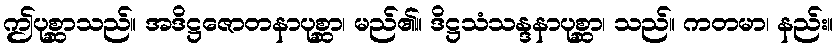
ဤပုစ္ဆာသည်။ အဒိဋ္ဌဇောတနာပုစ္ဆာ၊ မည်၏။ ဒိဋ္ဌသံသန္ဒနာပုစ္ဆာ၊ သည်။ ကတမာ၊ နည်း။